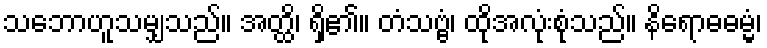
သဘောဟူသမျှသည်။ အတ္ထိ၊ ရှိ၏။ တံသဗ္ဗံ၊ ထိုအလုံးစုံသည်။ နိရောဓဓမ္မံ၊